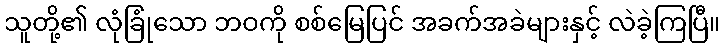
သူတို့၏ လုံခြုံသော ဘဝကို စစ်မြေပြင် အခက်အခဲများနှင့် လဲခဲ့ကြပြီ။